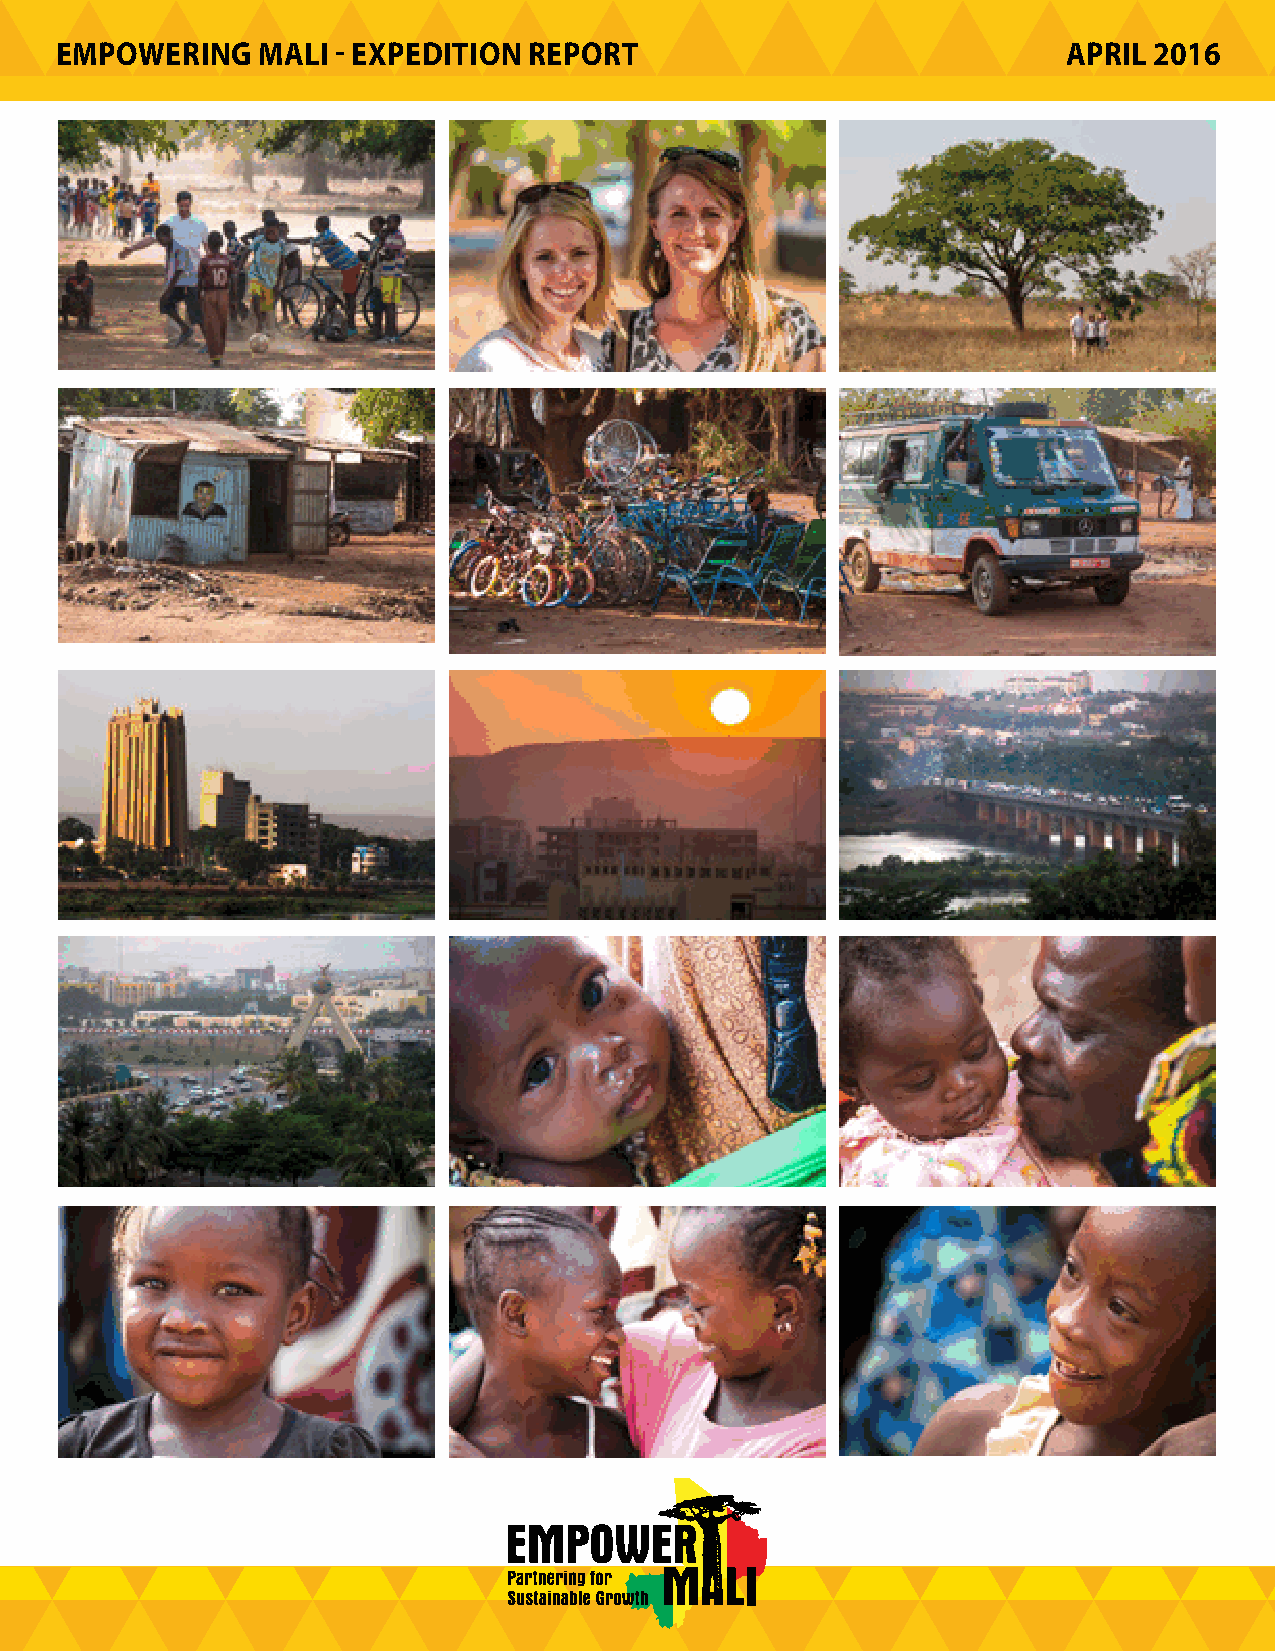
EMPOWERING   MALI - EXPEDITION REPORT                              APRIL 2016